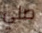
صلي